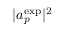
| a _ { p } ^ { \mathrm { e x p } } | ^ { 2 }